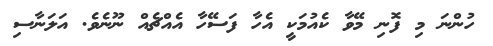
ހުންނަ މި ފޮނި މޭވާ ކެއުމަކީ އެހާ ފަސޭހާ އެއްޗެއް ނޫނެވެ. އަލަނާސި